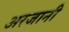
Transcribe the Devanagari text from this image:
अरजानी